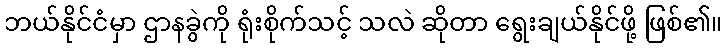
ဘယ်နိုင်ငံမှာ ဌာနခွဲကို ရုံးစိုက်သင့် သလဲ ဆိုတာ ရွေးချယ်နိုင်ဖို့ ဖြစ်၏။